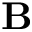
\textbf { B }